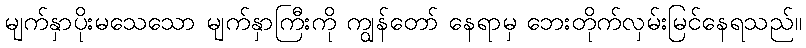
မျက်နှာပိုးမသေသော မျက်နှာကြီးကို ကျွန်တော် နေရာမှ ဘေးတိုက်လှမ်းမြင်နေရသည်။